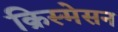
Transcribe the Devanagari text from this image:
क्रिस्मेसन